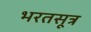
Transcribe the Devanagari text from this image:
भरतसूत्र